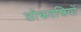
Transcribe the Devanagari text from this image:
लोकतन्त्रियों